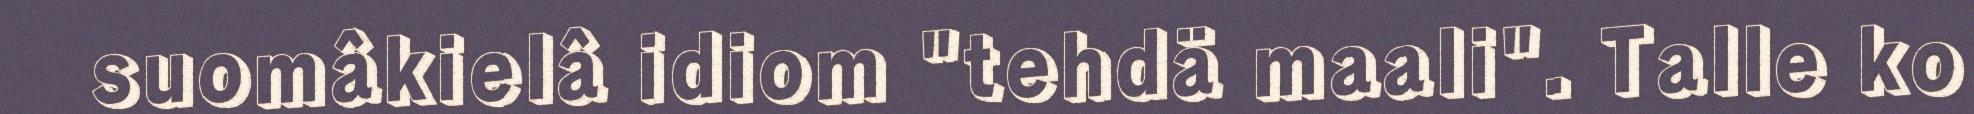
suomâkielâ idiom "tehdä maali". Talle ko